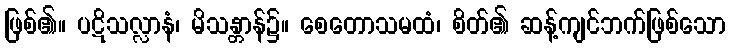
ဖြစ်၏။ ပဋိသလ္လာနံ၊ မိသန္တာန်၌။ စေတောသမထံ၊ စိတ်၏ ဆန့်ကျင်ဘက်ဖြစ်သော